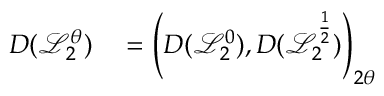
\begin{array} { r l } { D ( \mathcal { L } _ { 2 } ^ { \theta } ) } & { { } = \left( D ( \mathcal { L } _ { 2 } ^ { 0 } ) , D ( \mathcal { L } _ { 2 } ^ { \frac { 1 } { 2 } } ) \right) _ { 2 \theta } } \end{array}